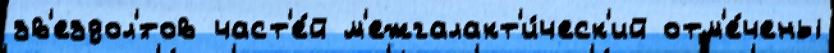
зв'ездол'́тов част'е́й м'ежгалакт'и́ческ'ий отм'е́чены